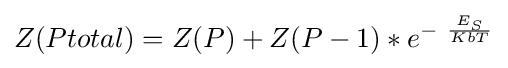
Z(Ptotal)=Z(P)+Z(P-1)*{e}^{-~{\frac {E_{S}}{KbT}}}